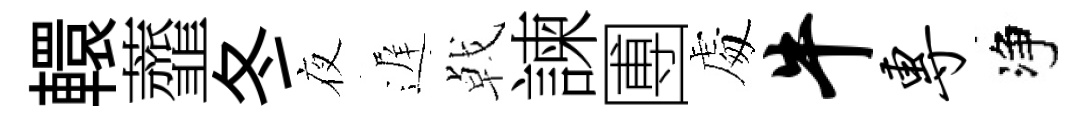
轘虀冬夜遅㦸諫圑䖏牛专净